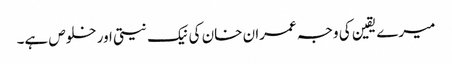
میرے یقین کی وجہ عمران خان کی نیک نیتی اور خلوص ہے۔